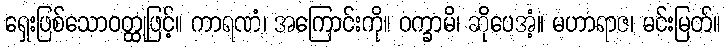
ရှေးဖြစ်သောဝတ္ထုဖြင့်။ ကာရဏံ၊ အကြောင်းကို။ ဝက္ခာမိ၊ ဆိုပေအံ့။ မဟာရာဇ၊ မင်းမြတ်။